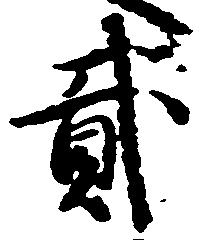
弐